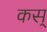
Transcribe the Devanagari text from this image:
कस्